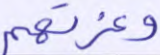
وغرتهم